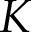
K